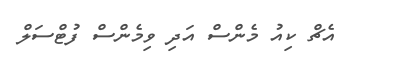
އެޗް ކިއު މެންސް އަދި ވިމެންސް ފުޓްސަލް